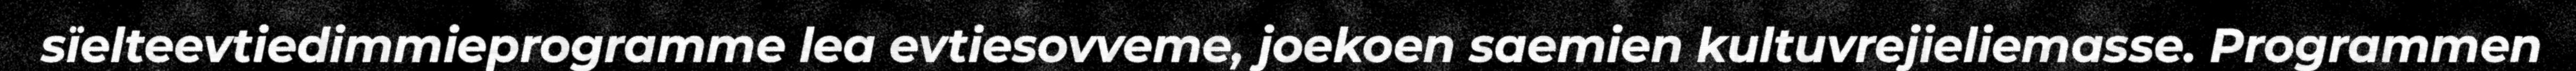
sïelteevtiedimmieprogramme lea evtiesovveme, joekoen saemien kultuvrejieliemasse. Programmen